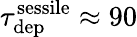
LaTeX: \tau_{\mathrm{dep}}^{\mathrm{sessile}}\approx 90